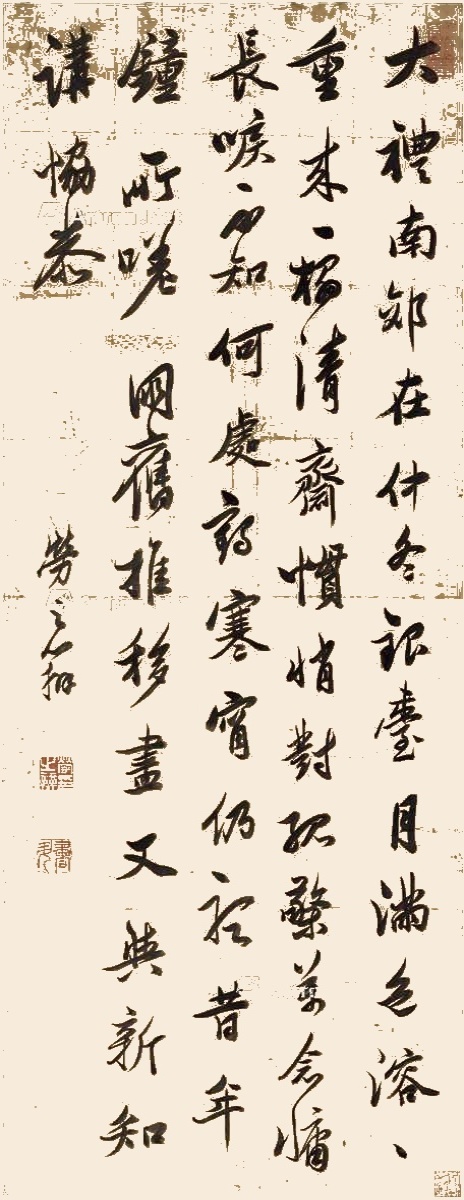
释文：大礼南郊在仲冬，银台月满色溶溶。重来一榻清斋惯，悄对孤檠万念慵。长唳不知何处鹤，寒宵仍听昔年钟。所嗟朋旧推移尽，又与新知讲协恭。劳之辨。